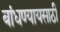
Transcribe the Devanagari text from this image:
बांधण्यायसाठी